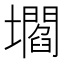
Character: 壛